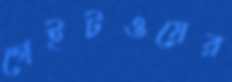
গেইটওয়ের